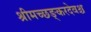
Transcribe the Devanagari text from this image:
श्रीमच्छङ्करदेवश्च